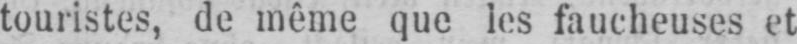
touristes, de même que les faucheuses et